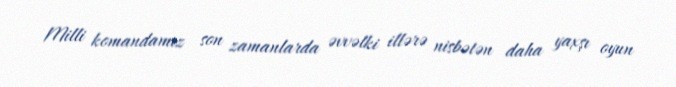
Milli komandamız son zamanlarda əvvəlki illərə nisbətən daha yaxşı oyun